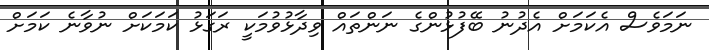
ނަމަވެސް އެކަމަށް އެދުނު ބޭފުޅުންގެ ނަންތައް ވިދާޅުވުމަކީ ރަގަޅު ކަމަކަށް ނުވާނެ ކަމަށް